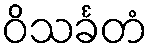
ဝိသင်္ခတံ